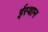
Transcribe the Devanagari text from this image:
ईस्थान